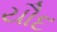
યૌદ